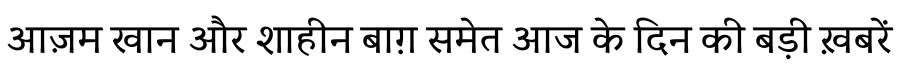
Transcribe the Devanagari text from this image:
आज़म खान और शाहीन बाग़ समेत आज के दिन की बड़ी ख़बरें